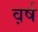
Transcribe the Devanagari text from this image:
व़र्ष